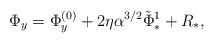
LaTeX: \begin{align*}\Phi_y = \Phi_y^{(0)} + 2 \eta \alpha^{3/2} \tilde{\Phi}_*^1 + R_*,\end{align*}